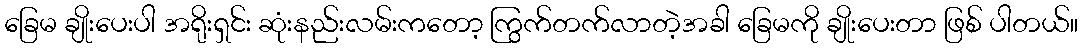
ခြေမ ချိုးပေးပါ အရိုးရှင်း ဆုံးနည်းလမ်းကတော့ ကြွက်တက်လာတဲ့အခါ ခြေမကို ချိုးပေးတာ ဖြစ် ပါတယ်။